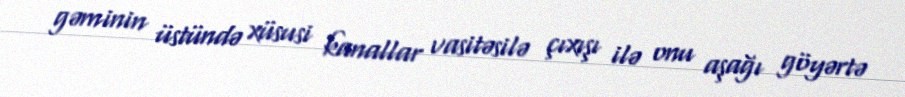
gəminin üstündə xüsusi kanallar vasitəsilə çıxışı ilə onu aşağı göyərtə